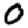
Digit: 0